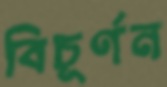
বিচূর্ণন